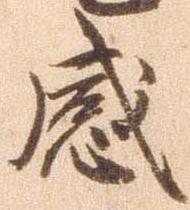
感